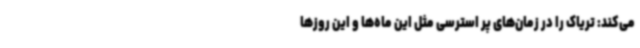
می‌کند: تریاک را در زمان‌های پر استرسی مثل این ماه‌ها و این روزها